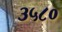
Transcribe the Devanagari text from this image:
३५८०